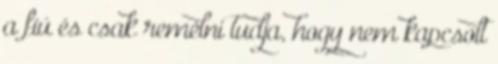
a fiú és csak remélni tudja, hogy nem kapcsolt